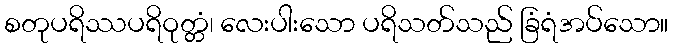
စတုပရိဿပရိဝုတ္တံ၊ လေးပါးသော ပရိသတ်သည် ခြံရံအပ်သော။